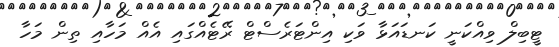
ޓީބިލް ވިއްކަނީ ކަނޑައަޅާ ވަކި އިންޓަރެސްޓް ރޭޓެއްގައި އެއް މަހާއި ތިން މަހާ